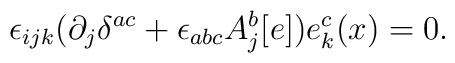
\epsilon_{ijk}(\partial_{j}\delta^{ac}+\epsilon_{abc}A_{j}^{b}[e])e_{k}^{c}(x)=0.